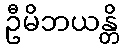
ဦမိဘယန္တိ